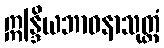
ဣန္ဒြိယဘာဝနာသုတ္တံ